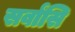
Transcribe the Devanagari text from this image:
सर्वांसि